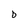
Character: b